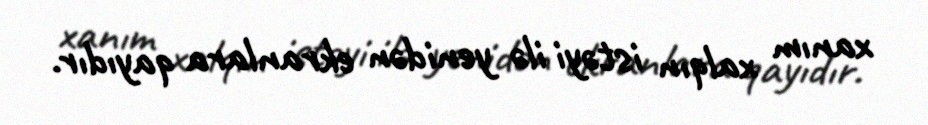
xanım xalqın istəyi ilə yenidən ekranlara qayıdır.